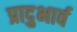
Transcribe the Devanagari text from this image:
प्रादुभार्व